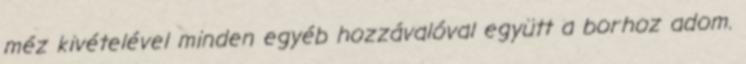
méz kivételével minden egyéb hozzávalóval együtt a borhoz adom.